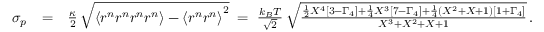
\begin{array} { r l r } { \sigma _ { p } } & { = } & { \frac { \kappa } { 2 } \, \sqrt { \left\langle r ^ { n } r ^ { n } r ^ { n } r ^ { n } \right\rangle - \left\langle r ^ { n } r ^ { n } \right\rangle ^ { 2 } } \; = \; \frac { k _ { B } T } { \sqrt { 2 } } \, \sqrt { \frac { \frac { 1 } { 2 } X ^ { 4 } \left[ 3 - \Gamma _ { 4 } \right] + \frac { 1 } { 4 } X ^ { 3 } \left[ 7 - \Gamma _ { 4 } \right] + \frac { 1 } { 4 } ( X ^ { 2 } + X + 1 ) \left[ 1 + \Gamma _ { 4 } \right] } { X ^ { 3 } + X ^ { 2 } + X + 1 } } \, . } \end{array}